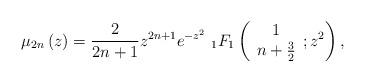
LaTeX: \begin{align*}\mu_{2n}\left( z\right) =\frac{2}{2n+1}z^{2n+1}e^{-z^{2}}\ _{1}F_{1}\left(\begin{array}[c]{c}1\\n+\frac{3}{2}\end{array};z^{2}\right) , \end{align*}